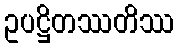
ဥပဋ္ဌိတဿတိဿ